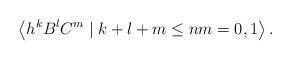
LaTeX: \begin{align*}\left\langle h^{k}B^{l}C^{m}\mid k+l+m\leq n m=0,1\right\rangle.\end{align*}